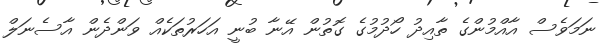
ނަމަވެސް އާއްމުންގެ ތާއިދު ހޯދުމުގެ ގޮތުން އޭނާ ބުނީ އަހަރުތަކެއް ވަންދެން އާސެނަލް